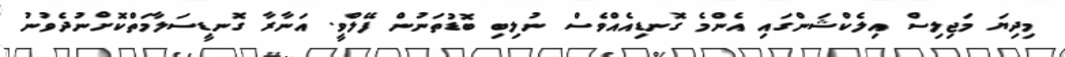
މިދިޔަ މަޖިލިސް އިލެކްޝަންގައި އެންމެ ގޮނޑިއެއްވެސް ނުލިބި ބޮޑުތަނުން ފޭލްވީ. އަނާރާ ގޮނޑީސަލާމަތްކޮށްނުދެވުނު